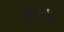
હસનની